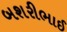
બશરીભાઈ